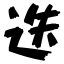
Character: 迭